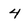
Character: 4